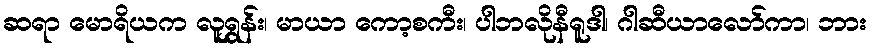
ဆရာ မောရိယက လူရွှန်း၊ မာယာ ကော့စကီး၊ ပါဘလိုနီရူဒါ၊ ဂါဆီယာလော်ကာ၊ ဘား